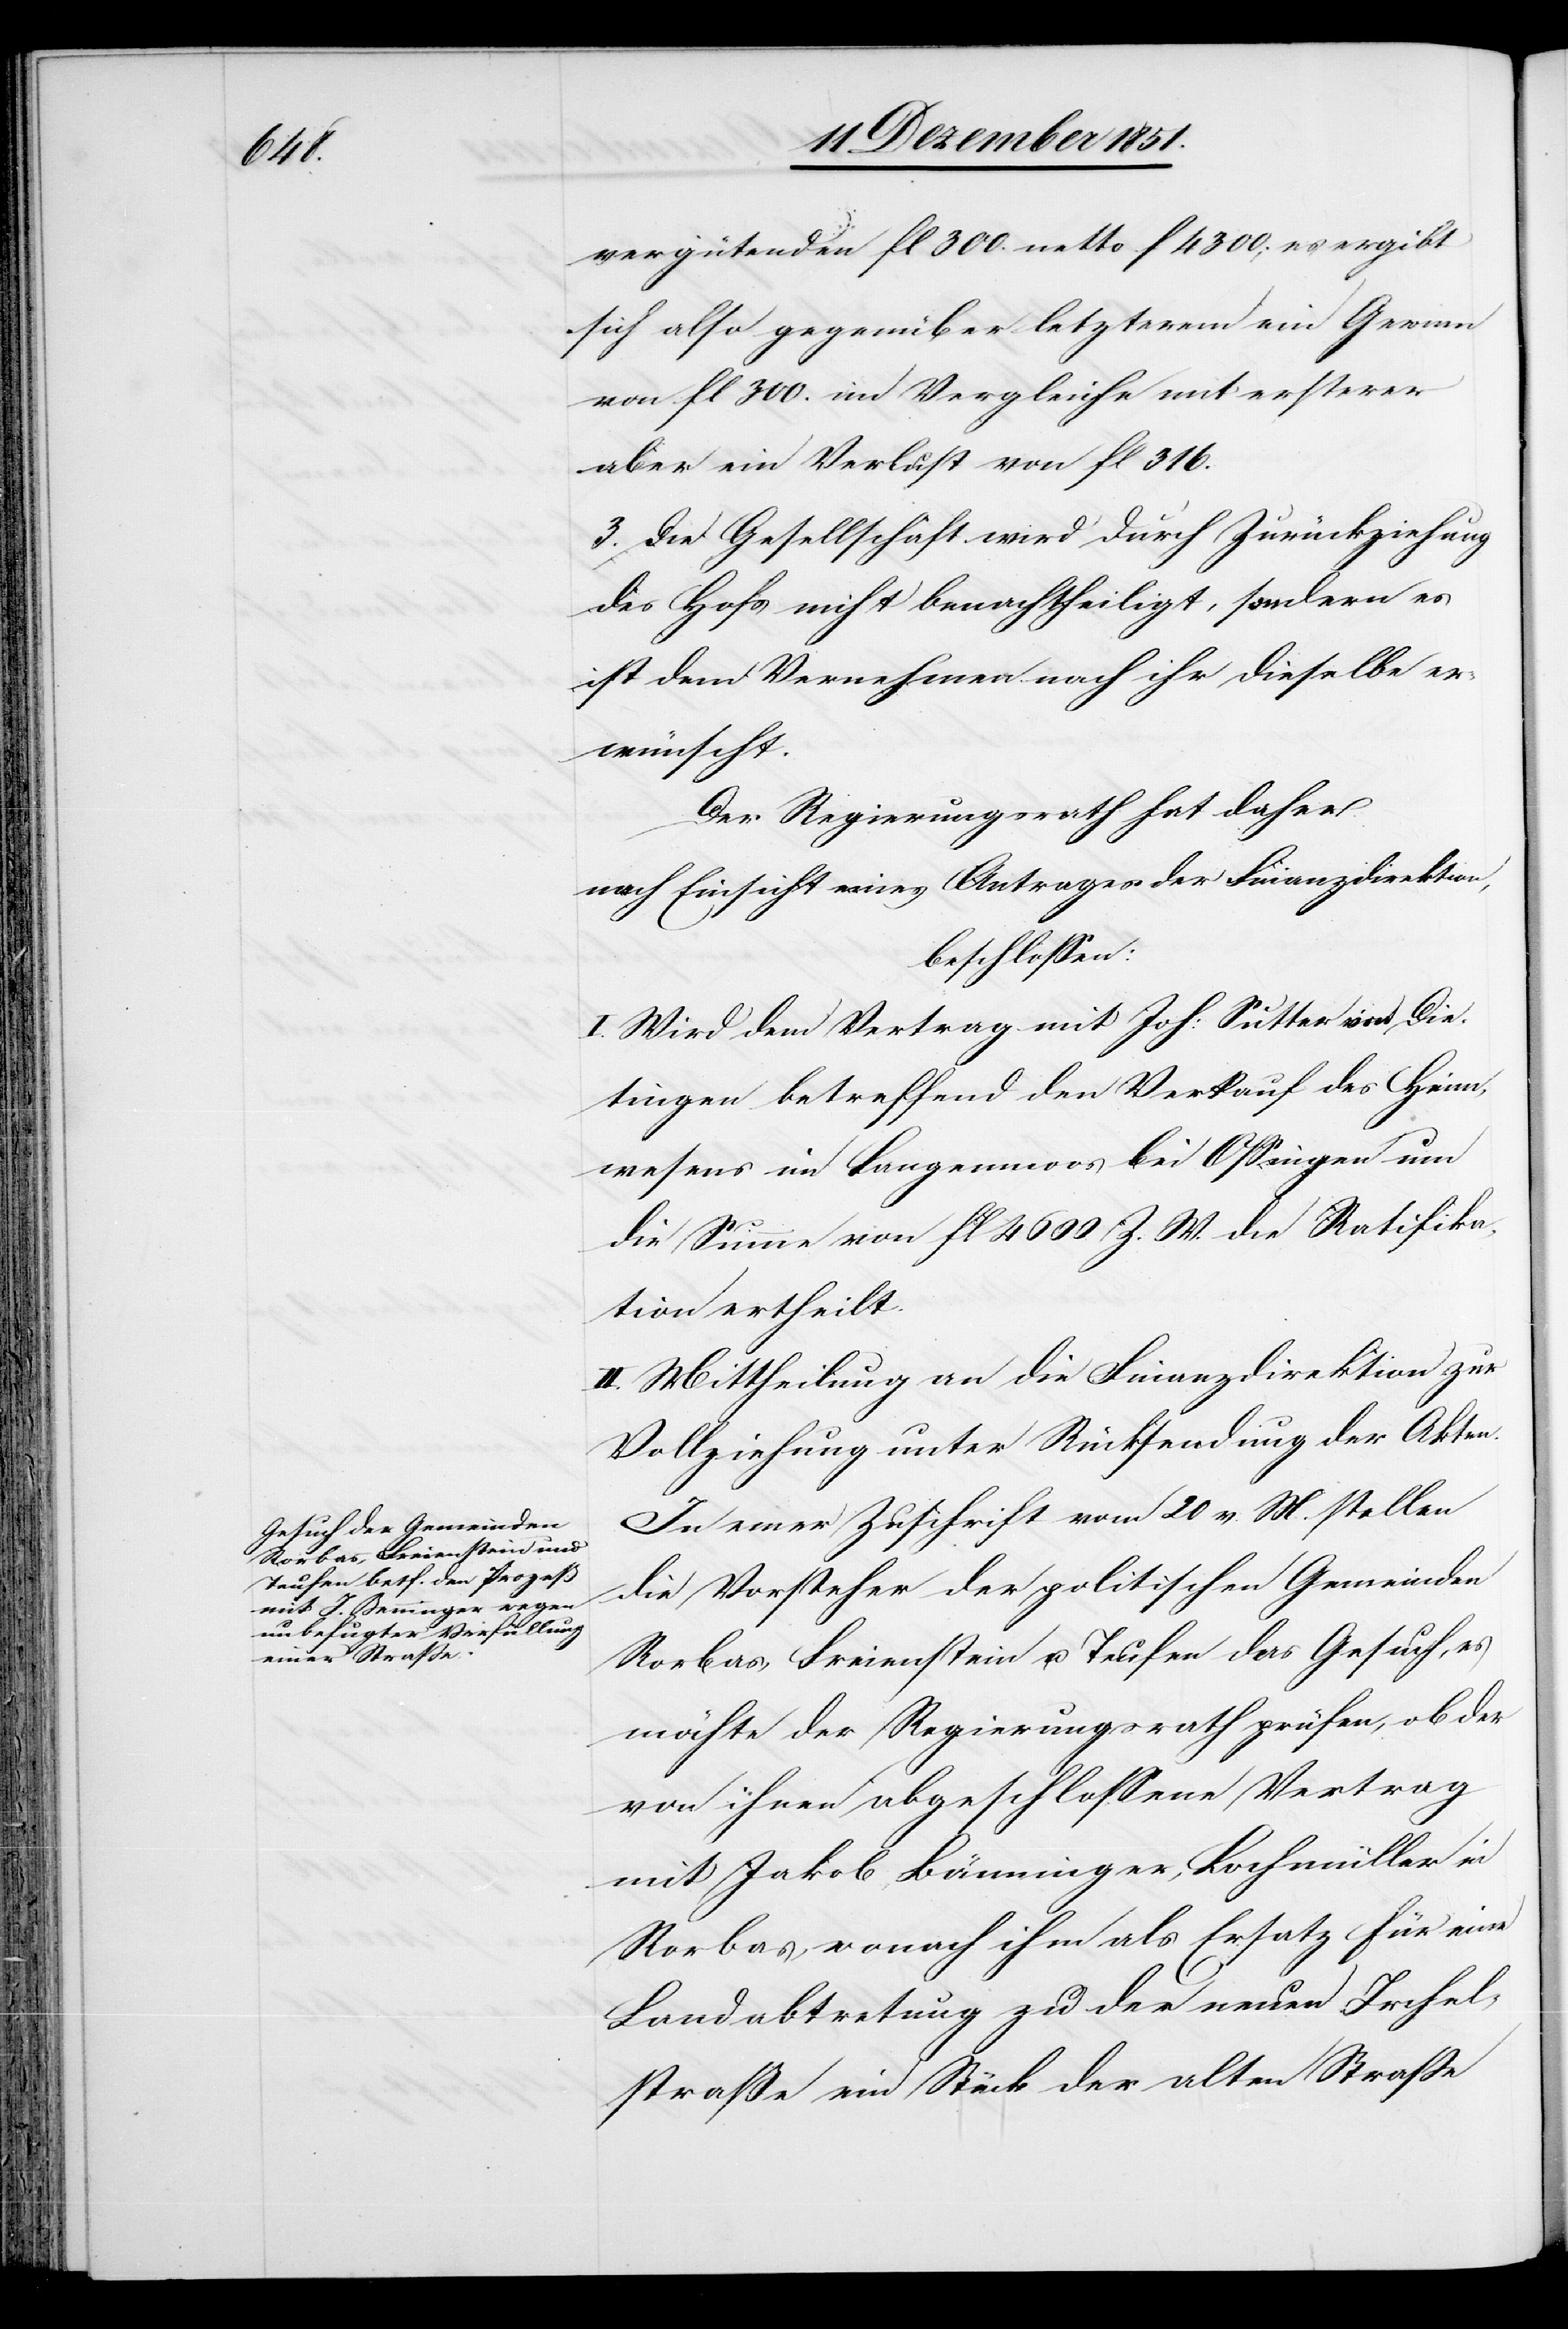
vergütenden fl 300. netto f 4300; es ergibt
sich also gegenüber letzterem ein Gewinn
von fl 300. im Vergleiche mit ersterer
aber ein Verlust von fl 316.
3. Die Gesellschaft wird durch Zurückziehung
des Hofs nicht benachtheiligt, sondern es
ist dem Vernehmen nach ihr dieselbe er¬
wünscht.
Der Regierungsrath hat daher
nach Einsicht eines Antrages der Finanzdirektion,
beschlossen:
I. Wird dem Vertrag mit Joh: Sutter von Die¬
tingen betreffend den Verkauf des Heim¬
wesens im Langenmoos bei Ossingen um
die Summe von fl 4600 Z. W. die Ratifika¬
tion ertheilt.
II. Mittheilung an die Finanzdirektion zur
Vollziehung unter Rücksendung der Akten.
In einer Zuschrift vom 20 v. M. stellen
die Vorsteher der politischen Gemeinden
Rorbas, Freienstein u. Teufen das Gesuch, es
möchte der Regierungsrath prüfen, ob der
von ihnen abgeschlossene Vertrag
mit Jakob Bänninger [sic!], Lochmüller in
Rorbas, wonach ihm als Ersatz für eine
Landabtretung zu der neuen Irchel¬
straße ein Stück der alten Straße